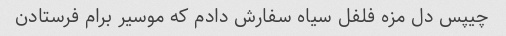
چیپس دل مزه فلفل سیاه سفارش دادم که موسیر برام فرستادن